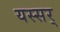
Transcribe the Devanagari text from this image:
यस्सर्